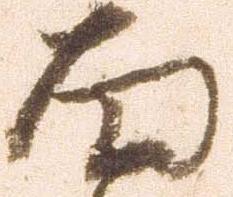
面